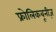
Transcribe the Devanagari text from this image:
फ्रोलिकबूनीज़